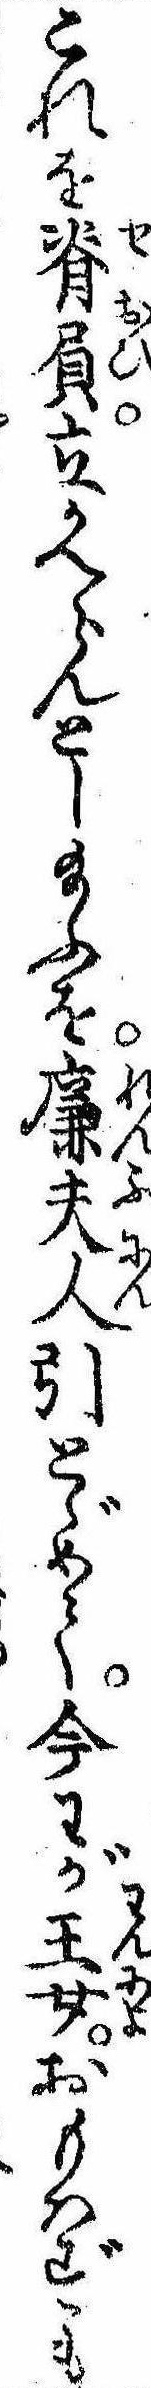
これを脊屓立かへらんとし給ふを廉夫人引とゞめて今わが王女おもはずも